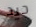
جيد